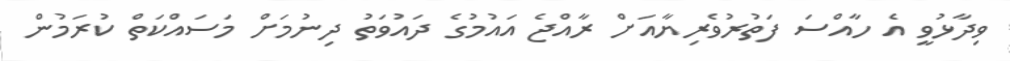
ވިދާޅުވީ އެ ހާއްސަ ފަތުރުވެރިޔާއަށް ރާއްޖެ އައުމުގެ ދައުވަތު ދިނުމަށް މަސައްކަތް ކުރަމުން